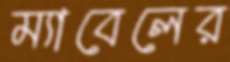
ম্যাবেলের